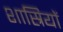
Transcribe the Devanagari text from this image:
शास्रियों